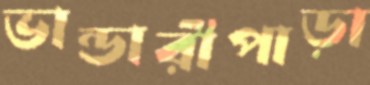
ভান্ডারীপাড়া